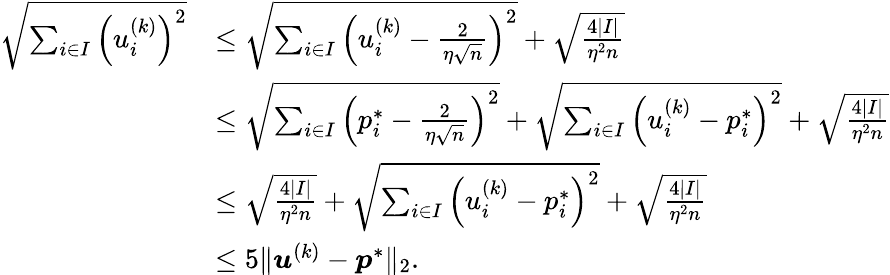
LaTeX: \begin{array}{rl}{\sqrt{\sum_{i\in I}\left(u_{i}^{(k)}\right)^{2}}}&{\leq\sqrt{\sum_{i\in I}\left(u_{i}^{(k)}-\frac{2}{\eta\sqrt{n}}\right)^{2}}+\sqrt{\frac{4|I|}{\eta^{2}n}}}\\ &{\leq\sqrt{\sum_{i\in I}\left(p_{i}^{*}-\frac{2}{\eta\sqrt{n}}\right)^{2}}+\sqrt{\sum_{i\in I}\left(u_{i}^{(k)}-p_{i}^{*}\right)^{2}}+\sqrt{\frac{4|I|}{\eta^{2}n}}}\\ &{\leq\sqrt{\frac{4|I|}{\eta^{2}n}}+\sqrt{\sum_{i\in I}\left(u_{i}^{(k)}-p_{i}^{*}\right)^{2}}+\sqrt{\frac{4|I|}{\eta^{2}n}}}\\ &{\leq 5\| {\boldsymbol u}^{(k)}-{\boldsymbol p}^{*}\| _{2}.}\end{array}